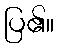
ပြ၏။